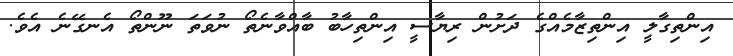
އިންތިގާލީ އިންތިޒާމެއްގެ ދަށުން ރިޔާސީ އިންތިހާބު ބާއްވާނެތޯ ނުވަތަ ނޫންތޯ އެނގޭނެ އެވެ.